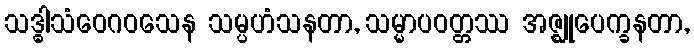
သဒ္ဓါသံဝေဂဝသေန သမ္ပဟံသနတာ, သမ္မာပဝတ္တဿ အဇ္ဈုပေက္ခနတာ,